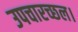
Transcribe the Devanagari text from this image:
उपचारच्छल।